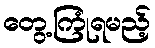
တွေ့ကြုံရမည့်